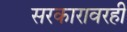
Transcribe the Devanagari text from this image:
सरकारावरही